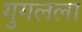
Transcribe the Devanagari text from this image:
गुगलला